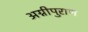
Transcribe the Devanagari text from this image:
अग्नीपुराण